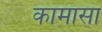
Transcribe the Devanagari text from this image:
कामासा